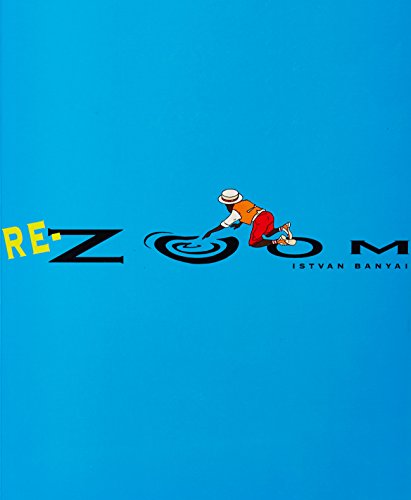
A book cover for Re-Zoom; Istvan Banyai; Children's Books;